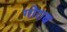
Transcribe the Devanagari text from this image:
गोराब